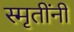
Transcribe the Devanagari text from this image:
स्मृतींनी